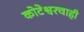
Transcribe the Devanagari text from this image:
कोटेश्वरचाही